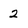
Character: 2